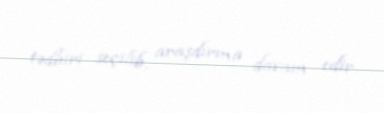
tədbiri seçilib, araşdırma davam edir.